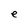
Character: e